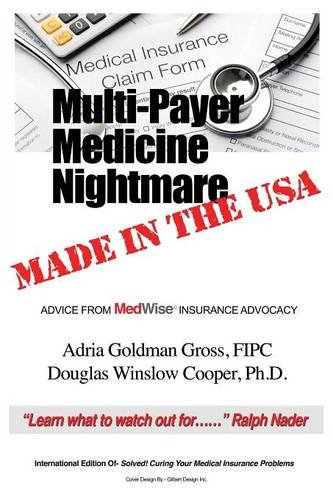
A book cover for Multi-Payer Medicine Nightmare Made in the USA: ADVICE FROM MedWise INSURANCE ADVOCACY; FIPC Adria Goldman Gross; Law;